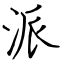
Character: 派